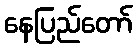
နေပြည်တော်